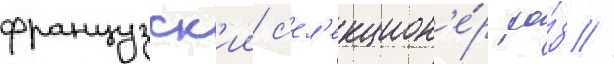
французск'ии с'ел'екцион'е́р ро́з //